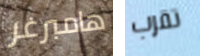
هامبرغر تقرب